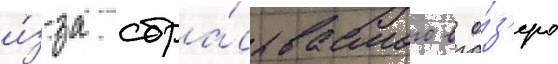
и́з-за сбра́сываемого в о́з'еро